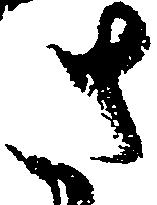
さ